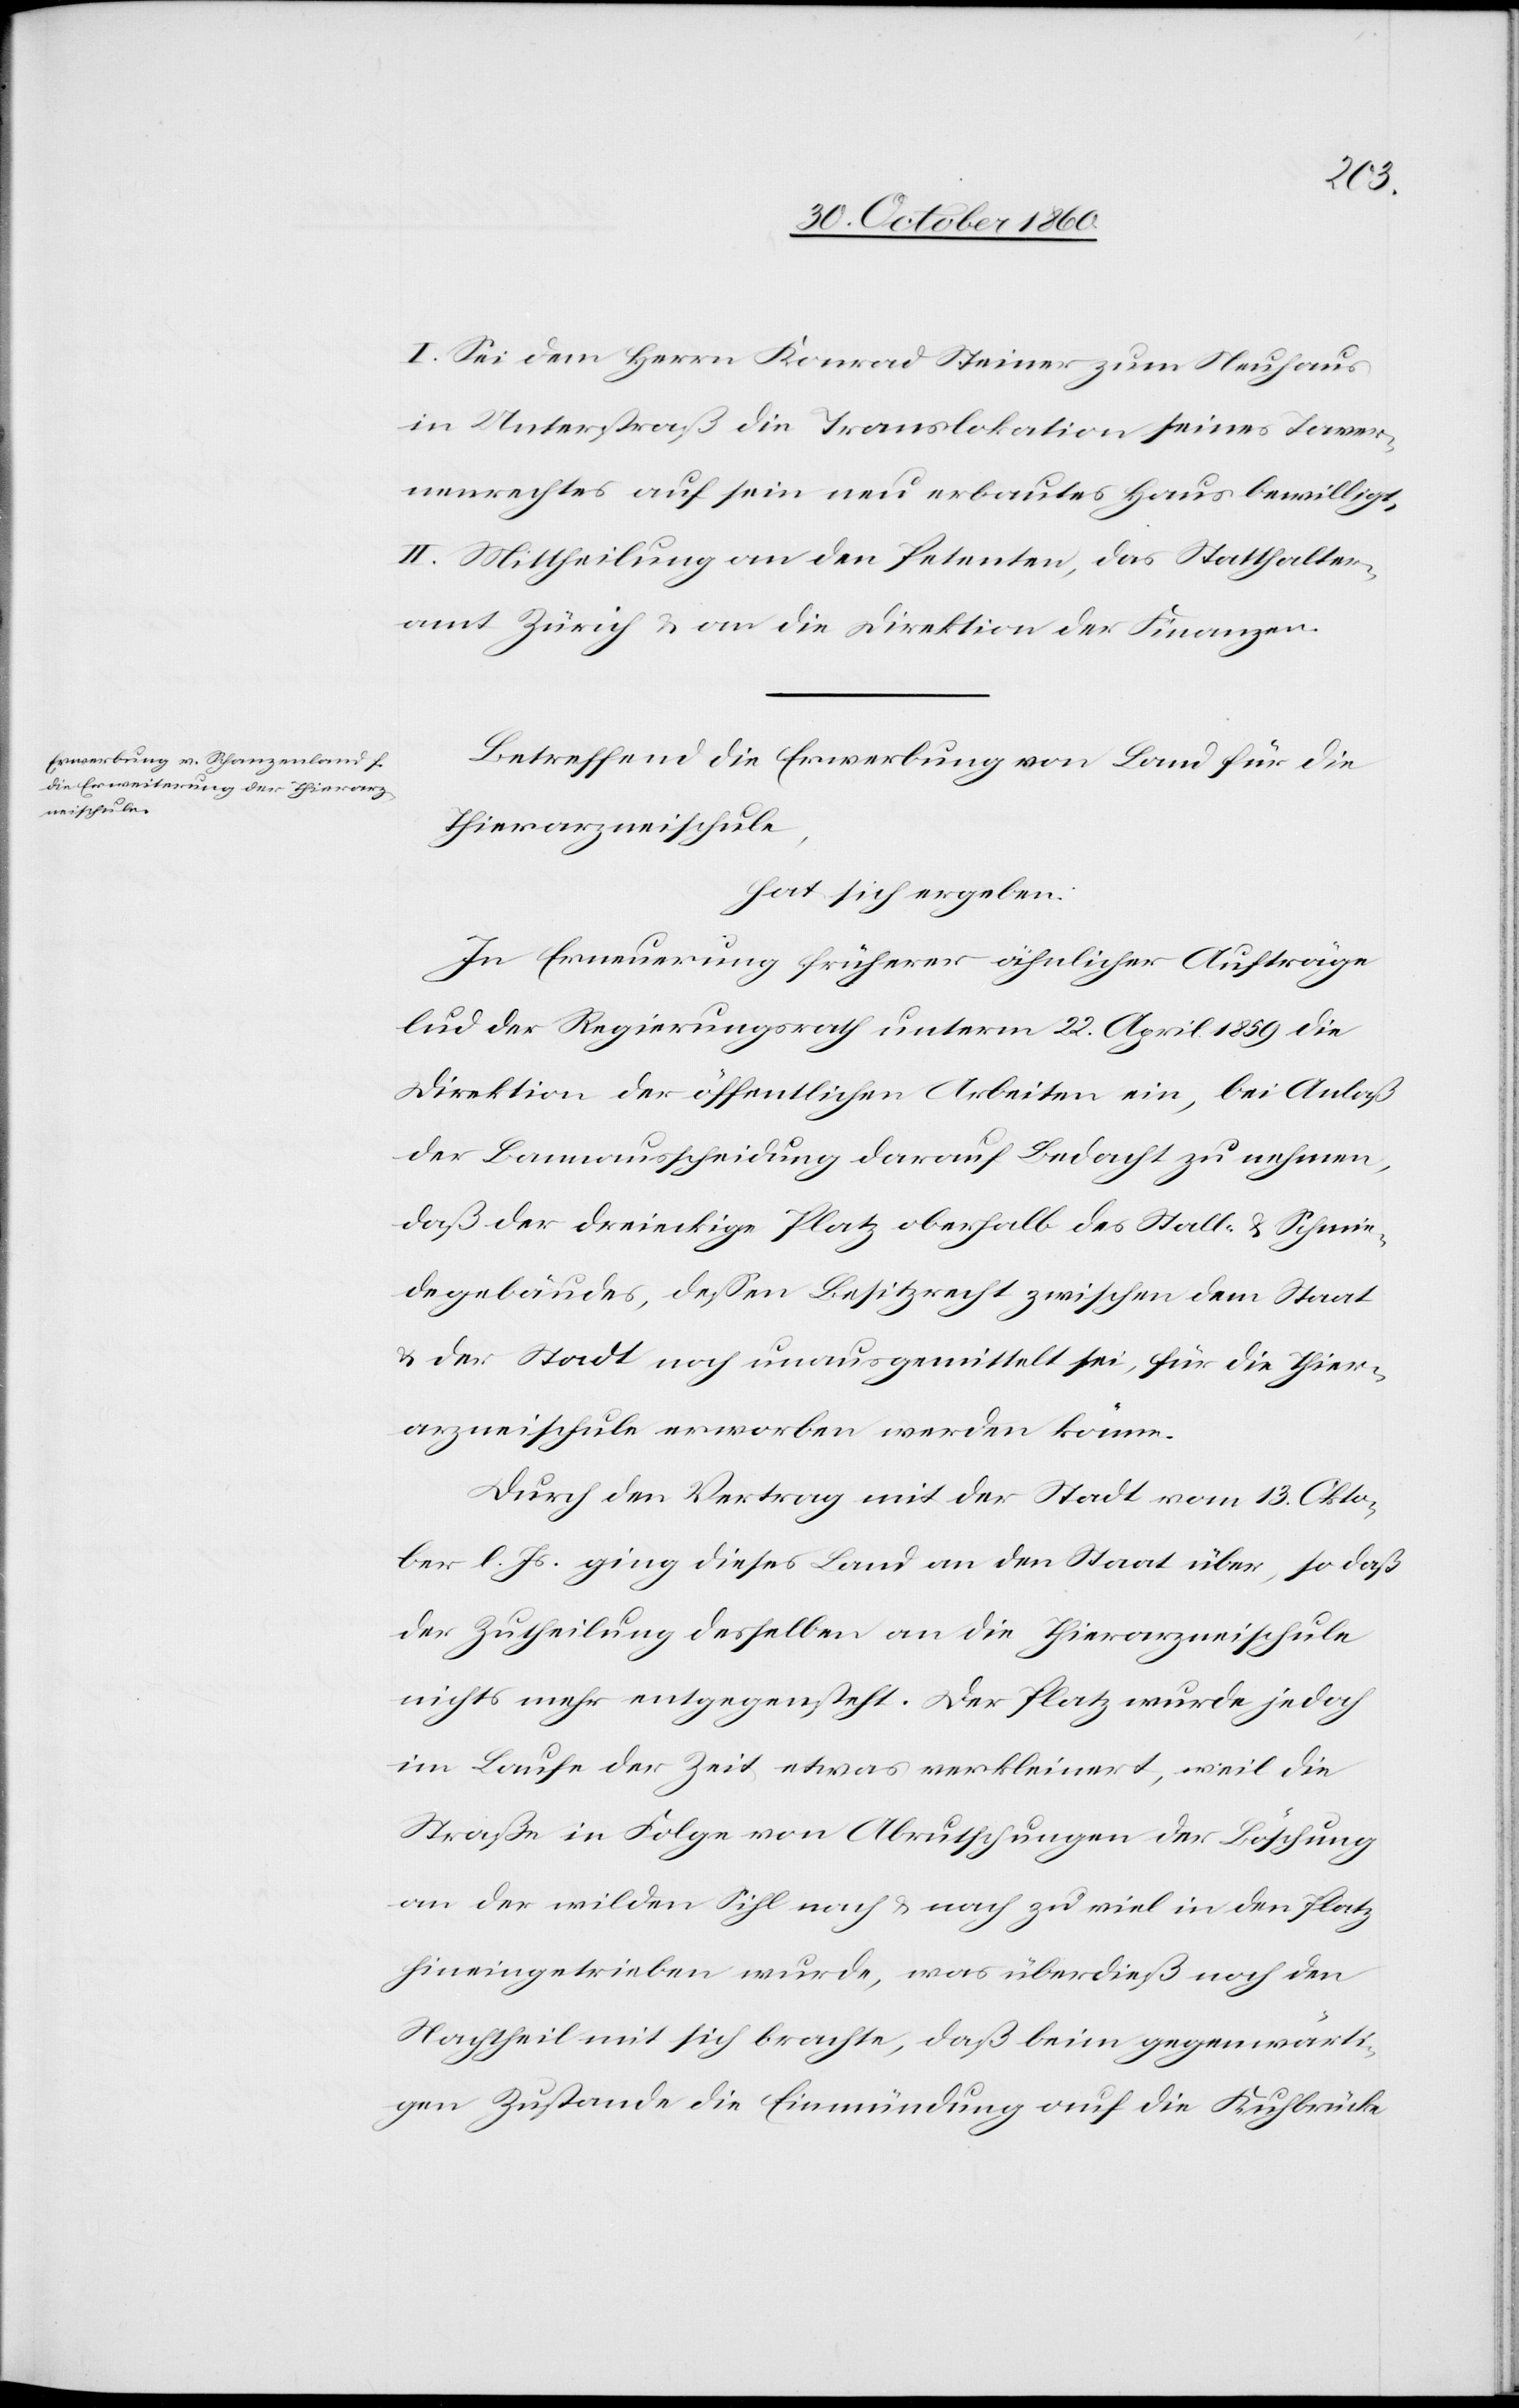
I. Sei dem Herrn Konrad Steiner zum Neuhaus
in Unterstraß die Translokation seines Taver¬
nenrechtes auf sein neu erbautes Haus bewilligt.
II. Mittheilung an den Petenten, das Statthalter¬
amt Zürich u. an die Direktion der Finanzen.
Betreffend die Erwerbung von Land für die
Thierarzneischule,
hat sich ergeben:
In Erneuerung früherer ähnlicher Aufträge
lud der Regierungsrath unterm 22. April 1859 die
Direktion der öffentlichen Arbeiten ein, bei Anlaß
der Bannausscheidung darauf Bedacht zu nehmen,
daß der dreieckige Platz oberhalb des Stall- u. Schmie¬
degebäudes, dessen Besitzrecht zwischen dem Staat
u. der Stadt noch unausgemittelt sei, für die Thier¬
arzneischule erworben werden könne.
Durch den Vertrag mit der Stadt vom 13. Okto¬
ber l. Js. ging dieses Land an den Staat über, so daß
der Zutheilung desselben an die Thierarzneischule
nichts mehr entgegensteht. Der Platz wurde jedoch
im Laufe der Zeit etwas verkleinert, weil die
Straße in Folge von Abrutschungen der Böschung
an der wilden Sihl nach u. nach zu viel in den Platz
hineingetrieben wurde, was überdieß noch den
Nachtheil mit sich brachte, daß beim gegenwärti¬
gen Zustande die Einmündung auf die Kuhbrücke